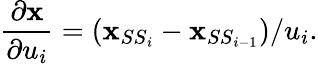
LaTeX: \frac{\partial\mathbf{x}}{\partial u_{i}}=(\mathbf{x}_{{SS}_{i}}-\mathbf{x}_{{SS}_{i-1}})/u_{i}.